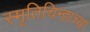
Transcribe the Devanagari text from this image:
स्मृतिचिन्हाच्या